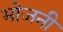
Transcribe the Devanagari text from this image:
भोजनी